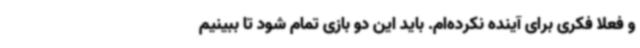
و فعلا فکری برای آینده نکرده‌ام. باید این دو بازی تمام شود تا ببینیم